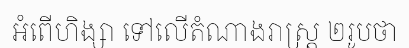
អំពើហិង្សា ទៅលើតំណាងរាស្ត្រ ២រូបថា